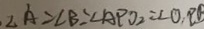
\angle A = \angle B = \angle A P O _ { 2 } = \angle O _ { 1 } B D